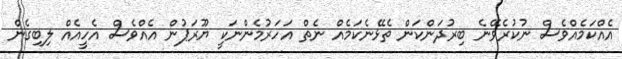
އެއްކަމެއްވެސް ނުކުރެވޭނެ ބިރުދަންކަން ތެޅޭނެކަމެއް ނެތް އަހަރުމެންނަކީ ޔޫރަޕުން އެއްވެސް އެހީއެއް ލިބިގެން